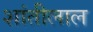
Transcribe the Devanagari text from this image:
शांतीलाल